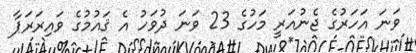
ވަނަ އަހަރުގެ ޖެނުއަރީ މަހުގެ 23 ވަނަ ދުވަހު އެ ޤައުމުގެ ވައިރަރަޕާ